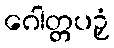
ဂေါတ္တပဉှံ